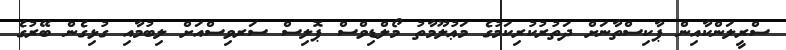
ސްރީލަންކާއިން ޕާކިސްތާނަށް ދަތުރުކުރިކަމުގެ މަޢުލޫމާތު މޯލްޑިވްސް ޕޮލިސް ސަރވިސްއަށް ލިބުމާއި ގުޅިގެން ބޭރުގެ